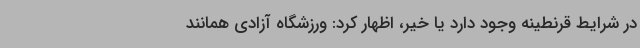
در شرایط قرنطینه وجود دارد یا خیر، اظهار کرد: ورزشگاه آزادی همانند